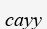
сауу